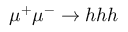
\mu ^ { + } \mu ^ { - } \to h h h